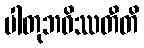
ပါတုဘဝိဿတီတိ